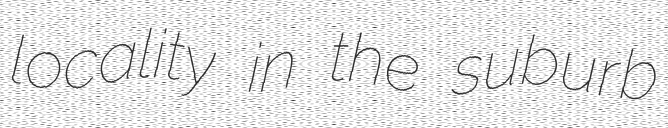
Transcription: locality in the suburb